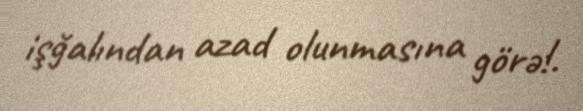
işğalından azad olunmasına görə!.